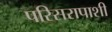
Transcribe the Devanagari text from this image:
परिसरापाशी